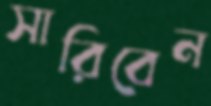
সারিবেন